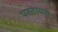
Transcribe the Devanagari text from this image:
परतायच